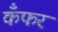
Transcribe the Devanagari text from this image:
कँफर